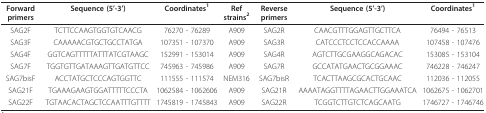
<table><thead><tr><td><b>Forward primers</b></td><td><b>Sequence (5&#x27;-3&#x27;)</b></td><td><b>Coordinates<sup>1</sup></b></td><td><b>Ref strains<sup>2</sup></b></td><td><b>Reverse primers</b></td><td><b>Sequence (5&#x27;-3&#x27;)</b></td><td><b>Coordinates<sup>1</sup></b></td></tr></thead><tbody><tr><td>SAG2F</td><td>TCTTCCAAGTGGTGTCAACG</td><td>76270 - 76289</td><td>A909</td><td>SAG2R</td><td>CAACGTTTGGAGTTGCTTCA</td><td>76494 - 76513</td></tr><tr><td>SAG3F</td><td>CAAAAACGTGCTGCCTATGA</td><td>107351 - 107370</td><td>A909</td><td>SAG3R</td><td>CATCCCTCCTCCACCAAAA</td><td>107458 - 107476</td></tr><tr><td>SAG4F</td><td>GGTCAGTTTTTATTTATCGTAAGC</td><td>152991 - 153014</td><td>A909</td><td>SAG4R</td><td>AGTCTTGCGAAGGCAGACAC</td><td>153085 - 153104</td></tr><tr><td>SAG7F</td><td>TGGTGTTGATAAAGTTGATGTTCC</td><td>745963 - 745986</td><td>A909</td><td>SAG7R</td><td>GCCATATGAACTGCGGAAAC</td><td>746228 - 746247</td></tr><tr><td>SAG7bisF</td><td>ACCTATGCTCCCAGTGGTTC</td><td>111555 - 111574</td><td>NEM316</td><td>SAG7bisR</td><td>TCACTTAAGCGCACTGCAAC</td><td>112036 - 112055</td></tr><tr><td>SAG21F</td><td>TGAAAGAAGTGGATTTTTCCCTA</td><td>1062584 - 1062606</td><td>A909</td><td>SAG21R</td><td>AAAATAGGTTTTAGAACTTGGAAATCA</td><td>1062675 - 1062701</td></tr><tr><td>SAG22F</td><td>TGTAACACTAGCTCCAATTTGTTTT</td><td>1745819 - 1745843</td><td>A909</td><td>SAG22R</td><td>TCGGTCTTGTCTCAGCAATG</td><td>1746727 - 1746746</td></tr></tbody></table>